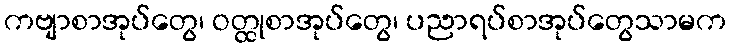
ကဗျာစာအုပ်တွေ၊ ဝတ္ထုစာအုပ်တွေ၊ ပညာရပ်စာအုပ်တွေသာမက